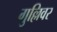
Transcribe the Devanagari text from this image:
गुल्लिवर